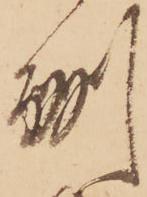
酬